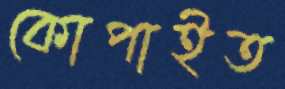
কোপাইত